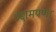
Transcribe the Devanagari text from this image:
उद्दामपणा